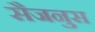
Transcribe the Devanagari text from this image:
सैजनुस